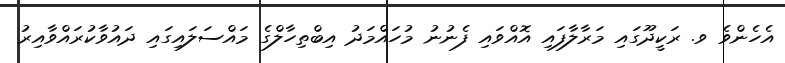
އެހެންވެ ވ. ރަކީދޫގައި މަރާލާފައި އޮއްވައި ފެނުނު މުހައްމަދު އިބްތިހާލްގެ މައްސަލައިގައި ދައުވާކުރައްވާއިރު